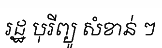
រដ្ឋ បុរីព្យូ សំខាន់ ៗ